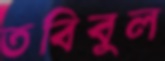
তবিবুল